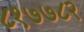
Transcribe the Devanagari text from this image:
८१७७८२